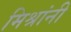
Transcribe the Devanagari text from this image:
मिश्रांनी